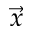
\vec { x }